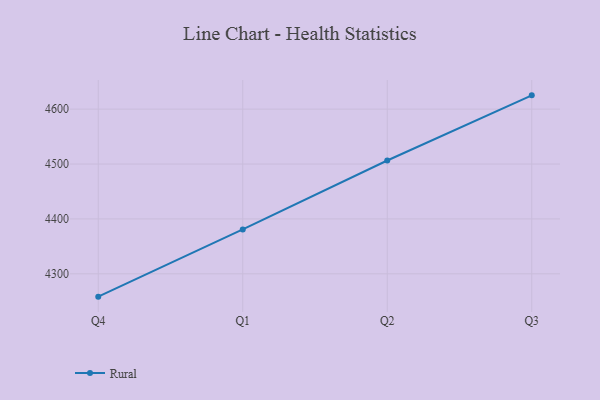
{"axis": {"x": "Quarter", "y": "LTV (USD)"}, "legend": ["Rural"], "data": [{"x": "Q4", "y": 4258.4, "type": "Rural"}, {"x": "Q1", "y": 4380.8, "type": "Rural"}, {"x": "Q2", "y": 4506.4, "type": "Rural"}, {"x": "Q3", "y": 4625.1, "type": "Rural"}]}